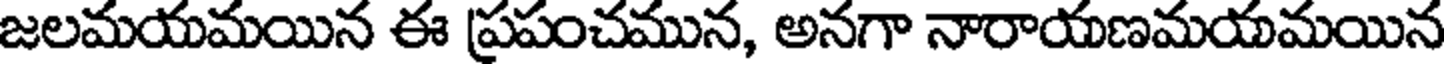
జలమయమయిన ఈ ప్రపంచమున, అనగా నారాయణమయమయిన